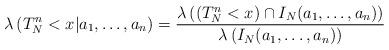
LaTeX: \begin{align*} \lambda\left(T^n_N < x |a_1,\ldots, a_n \right) =\frac{\lambda\left(\left(T^n_N < x\right) \cap I_N(a_1,\ldots, a_n) \right)}{\lambda\left(I_N(a_1,\ldots, a_n)\right)}\end{align*}